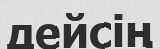
дейсің